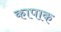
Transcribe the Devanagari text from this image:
कापाक